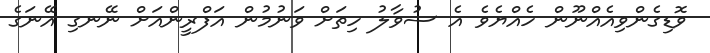
ވޮޑިގެންވިއެއްނޫން ހެއްޔެވެ އެ ސުވާލު ހިތަށް ވަނުމުން އަފްރީންއަށް ނޭނގި އޭނަގެ